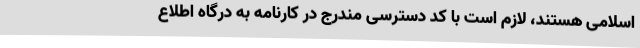
اسلامی هستند، لازم است با کد دسترسی مندرج در کارنامه به درگاه اطلاع